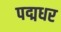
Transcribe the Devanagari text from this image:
पद्मधर